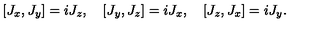
[ J _ { x } , J _ { y } ] = i J _ { z } , \quad [ J _ { y } , J _ { z } ] = i J _ { x } , \quad [ J _ { z } , J _ { x } ] = i J _ { y } .